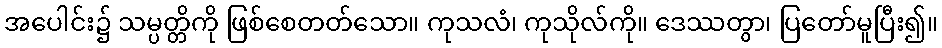
အပေါင်း၌ သမ္ပတ္တိကို ဖြစ်စေတတ်သော။ ကုသလံ၊ ကုသိုလ်ကို။ ဒေဿတွာ၊ ပြတော်မူပြီး၍။